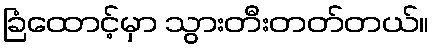
ခြံထောင့်မှာ သွားတီးတတ်တယ်။